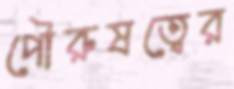
পৌরুষত্বের